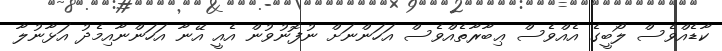
ކާޑެއްވެސް ލޯބީގެ އެއްވެސް ޢިބާރާތެއްވެސް އަހަންނަށް ނުފޮނުވުން އެއީ އޭނާ އަހަންނާއިމެދު އަޅާނުލާ